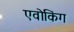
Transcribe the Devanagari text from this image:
एवोकिंग